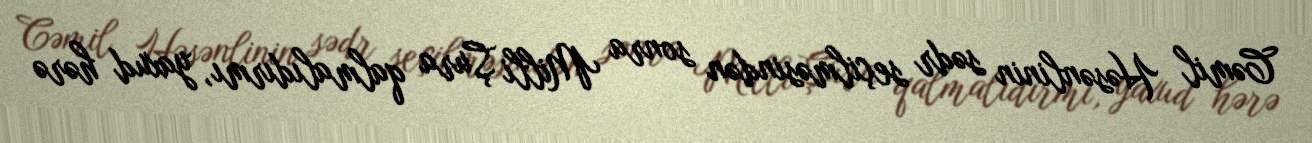
Cəmil Həsənlinin sədr seçilməsindən sonra Milli Şura qalmalıdırmı, yaxud hərə